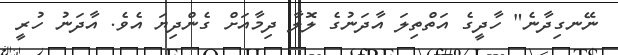
ނޭނގިދާނެ" ހާދީގެ އަތްތިލަ އާދަނުގެ ލޮލާ ދިމާއަށް ގެންދިޔަ އެވެ. އާދަނު ހުރީ